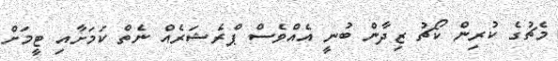
މެޗުގެ ކުރިން ކޯޗު ޒިދާން ބުނީ އެއްވެސް ޕްރެޝަރެއް ނެތް ކަމަށާއި ޓީމަށް